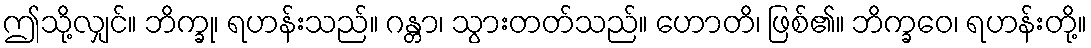
ဤသို့လျှင်။ ဘိက္ခု၊ ရဟန်းသည်။ ဂန္တာ၊ သွားတတ်သည်။ ဟောတိ၊ ဖြစ်၏။ ဘိက္ခဝေ၊ ရဟန်းတို့။